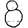
Digit: 8